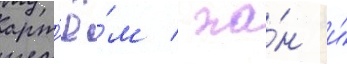
арт'ё́м / ха́н и́